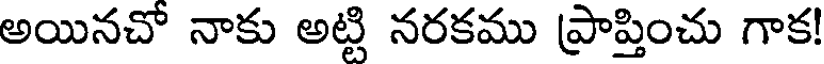
అయినచో నాకు అట్టి నరకము ప్రాప్తించు గాక!